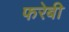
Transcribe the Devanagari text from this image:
फरेबी